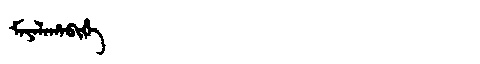
Manchu: ᠮᠠᠶᠠᠯᠠᡥᠠᠪᡳᡥᡝ
Romanization: MAYALAHABIHE